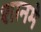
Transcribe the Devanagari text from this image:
शानमे